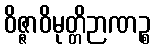
ဝိဇ္ဇာဝိမုတ္တိဉာဏဉ္စ